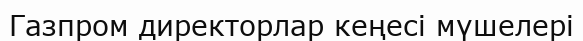
Газпром директорлар кеңесі мүшелері